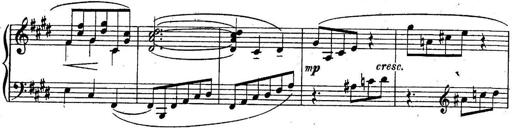
Title: Sonatine
Composer: Adrian Shaposhnikov
Key: E minor